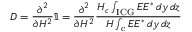
D = \frac { \partial ^ { 2 } } { \partial H ^ { 2 } } \Im = \frac { \partial ^ { 2 } } { \partial H ^ { 2 } } \frac { H _ { c } \int _ { \mathrm { I C G } } E E ^ { * } \, d y \, d z } { H \int _ { \mathrm { c } } E E ^ { * } \, d y \, d z }